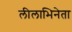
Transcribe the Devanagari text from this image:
लीलाभिनेता